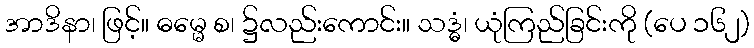
အာဒိနာ၊ ဖြင့်။ ဓမ္မေ စ၊ ၌လည်းကောင်း။ သဒ္ဓံ၊ ယုံကြည်ခြင်းကို (ပေ ၁၆၂)